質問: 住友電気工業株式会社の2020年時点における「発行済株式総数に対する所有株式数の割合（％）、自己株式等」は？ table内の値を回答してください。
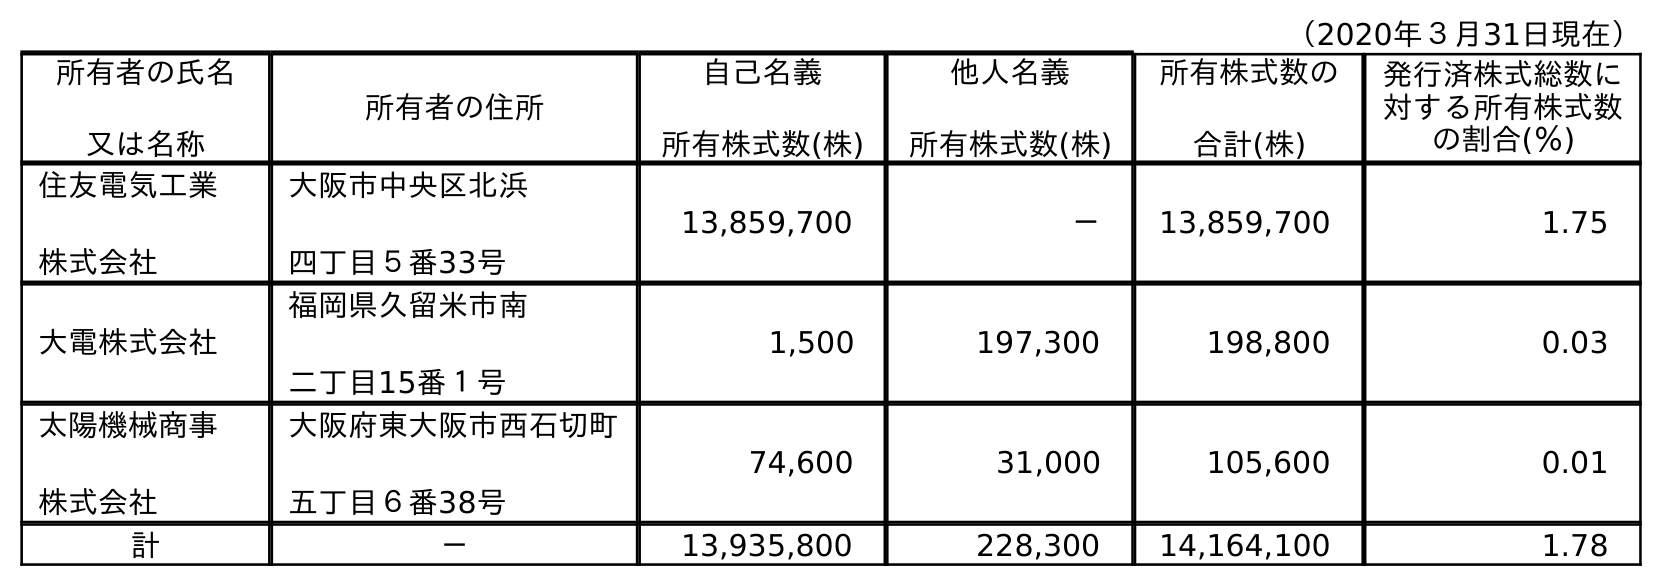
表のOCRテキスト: （2020年３月31日現在） 所有者の氏名 又は名称 所有者の住所 自己名義 所有株式数(株) 他人名義 所有株式数(株) 所有株式数の 合計(株) 発行済株式総数に 対する所有株式数 の割合(％) 住友電気工業 株式会社 大阪市中央区北浜 四丁目５番33号 13,859,700 － 13,859,700 1.75 大電株式会社 福岡県久留米市南 二丁目15番１号 1,500 197,300 198,800 0.03 太陽機械商事 株式会社 大阪府東大阪市西石切町 五丁目６番38号 74,600 31,000 105,600 0.01 計 － 13,935,800 228,300 14,164,100 1.78
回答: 1.78